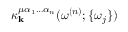
\kappa _ { \mathbf { k } } ^ { \mu \alpha _ { 1 } \hdots \alpha _ { n } } ( \omega ^ { ( n ) } ; \{ \omega _ { j } \} )